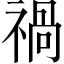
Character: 禍